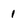
Character: 1